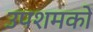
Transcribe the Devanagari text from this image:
उपशमकों